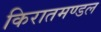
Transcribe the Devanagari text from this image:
किरातमण्डल